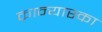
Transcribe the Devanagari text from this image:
क्रान्यास्का